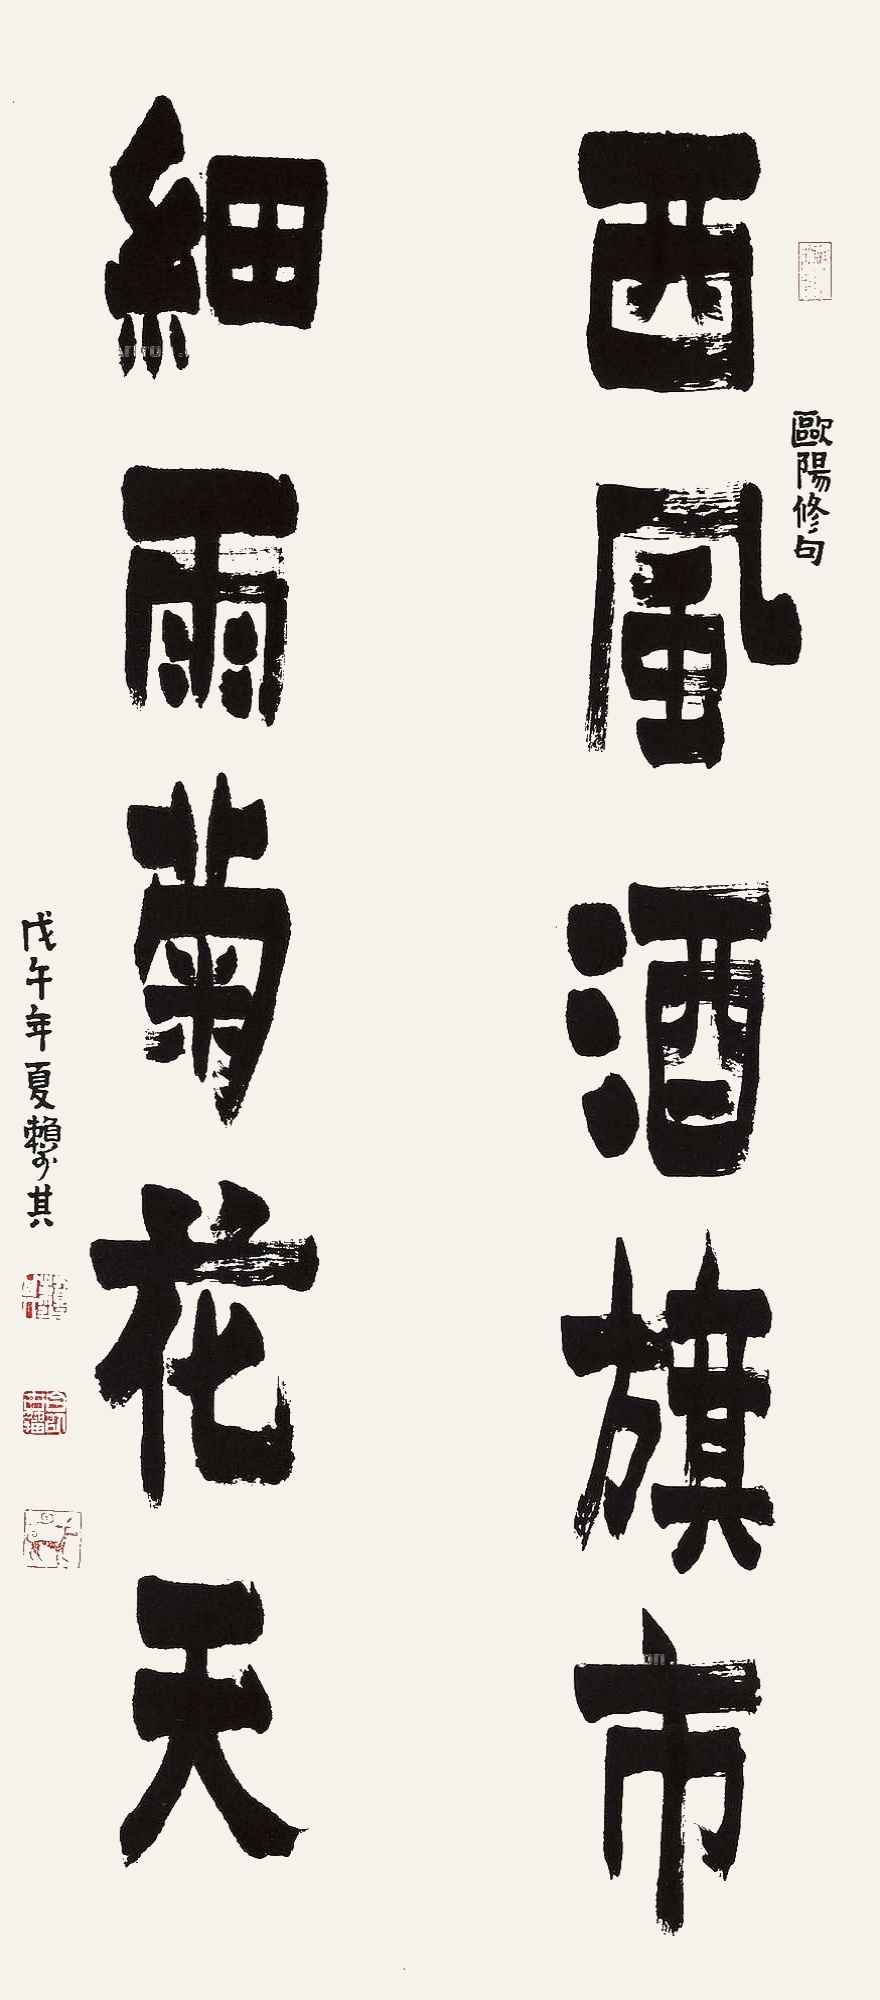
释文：西风酒旗市，细雨菊花天。欧阳修句。戊午年夏，赖少其。